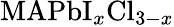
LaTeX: \textrm{MAPbI}_{x}\textrm{Cl}_{3-x}